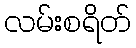
လမ်းစရိတ်